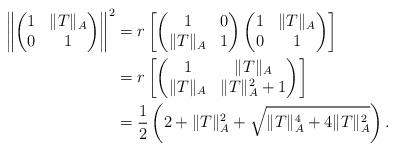
LaTeX: \begin{align*}\left\|\begin{pmatrix}1&\|T\|_A \\0&1\end{pmatrix}\right\|^2& =r\left[\begin{pmatrix}1& 0\\\|T\|_A&1\end{pmatrix}\begin{pmatrix}1&\|T\|_A \\0&1\end{pmatrix}\right] \\ &=r\left[\begin{pmatrix}1& \|T\|_A\\\|T\|_A&\|T\|_A^2+1\end{pmatrix}\right]\\ &=\frac{1}{2}\left(2+\|T\|_A^2+\sqrt{\|T\|_A^4+4\|T\|_A^2}\right).\end{align*}